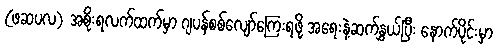
(ဖဆပလ) အစိုးရလက်ထက်မှာ ဂျပန်စစ်လျော်ကြေးရဖို့ အရေးနဲ့ဆက်နွှယ်ပြီး နောက်ပိုင်းမှာ